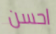
احسن